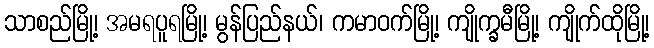
သာစည်မြို့၊ အမရပူရမြို့၊ မွန်ပြည်နယ်၊ ကမာဝက်မြို့၊ ကျိုက္ခမီမြို့၊ ကျိုက်ထိုမြို့၊